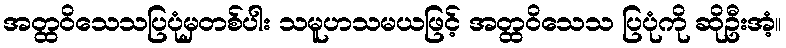
အတ္ထဝိသေသပြပုံမှတစ်ပါး သမူဟသမယဖြင့် အတ္ထဝိသေသ ပြပုံကို ဆိုဦးအံ့။